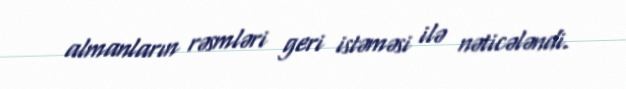
almanların rəsmləri geri istəməsi ilə nəticələndi.